Notes on vaccination in the North-West Frontier Province 1923-1928 - 1923-1928
Year: 1923
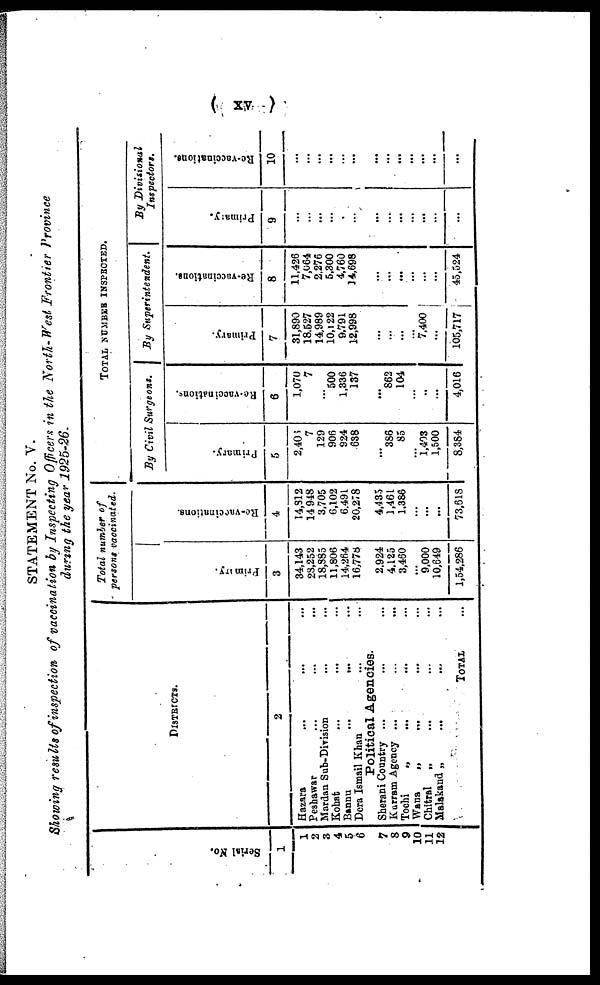
( xv )
STATEMENT No. V.
Showing results of inspection of vaccination by Inspecting Officers in the North-West Frontier Province
during the year 1925-26.
Serial No.
1
1
2
3
4
5
6
7
8
9
10
11
12
DISTRICTS.
2
Hazara ... ... ...
Peshawar ... ... ...
Mardan Sub-Division ... ...
Kohat ... ... ...
Bannu
...
...
...
Dera Ismail Khan ... ...
Political Agencies.
Sherani Country ... ... ...
Kurram Agency ... ... ...
Tochi
„ ... ...
Wana
„ ... ...
Chitral
„ ... ...
Malakand „ ... ...
TOTAL ...
Total number of
persons vaccinated.
Primary.
3
34,143
28,252
18,885
11,806
14,264
16,778
2,924
4,125
3,460
...
9,000
10,649
1,54,286
Re-vaccinations.
4
14,812
14,948
3,705
6,102
6,491
20,278
4,435
1,461
1,386
...
...
...
73,618
TOTAL NUMBER INSPECTED.
By Civil Surgeons.
Primary.
5
2,406
7
129
906
924
638
...
386
85
...
1,403
1,500
8,384
Re-vaccinations.
6
1,070
7
...
500
1,336
137
...
862
104
...
..
...
4,016
By
Superintendent.
Primary.
7
31,890
18,527
14,989
10,122
9,791
12,998
...
...
...
...
7,400
...
105,717
Re-vaccinations.
8
11,426
7,064
2,276
5,300
4,760
14,698
...
...
...
...
...
...
45,524
By Divisional
Inspectors.
Primary.
9
...
...
...
...
...
...
...
...
...
...
...
...
...
Re-vaccinations.
10
...
...
...
...
...
...
...
...
...
...
...
...
...